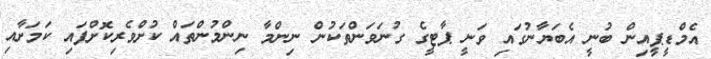
އެމްޑީޕީއިން ބުނީ އެބަޔާނުގައި ވަނީ ޕާޓީގެ ގުނަވަންތަކުން ނިންމާ ނިންމުންތައް ކުށްވެރިކޮށްފައި ކަމަށާއި